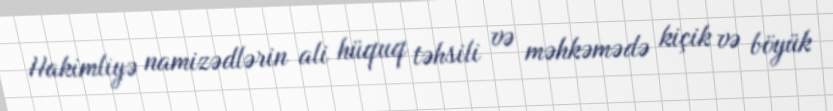
Hakimliyə namizədlərin ali hüquq təhsili və məhkəmədə kiçik və böyük